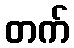
တက်